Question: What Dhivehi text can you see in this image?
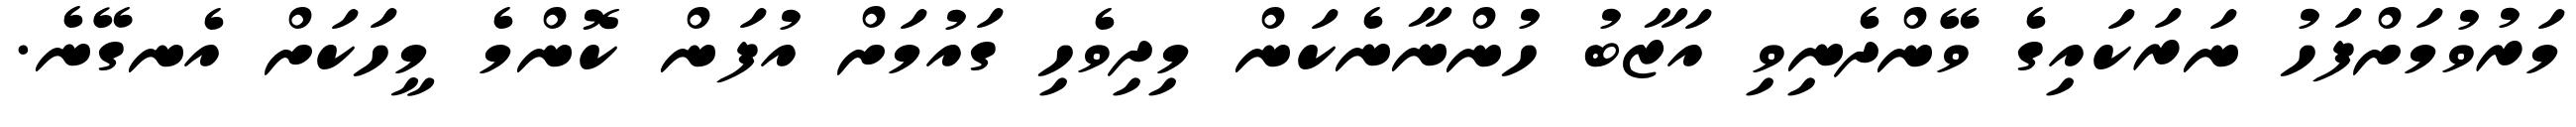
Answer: މަރުވުމަށްފަހު ނަރަކައިގެ ވޭންދެނިވި އަޒާބު ހުންނާނެކަން މިދިވެހި ގައުމަށް އުފަން ކޮންމެ މީހަކަށް އެނގޭނެ.